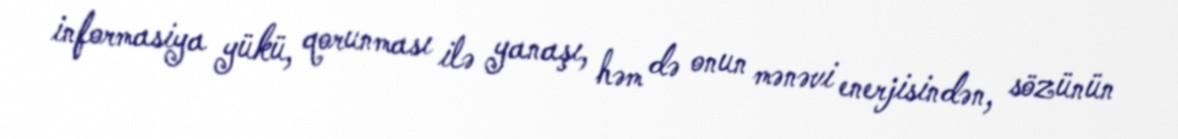
informasiya yükü, qorunması ilə yanaşı, həm də onun mənəvi enerjisindən, sözünün